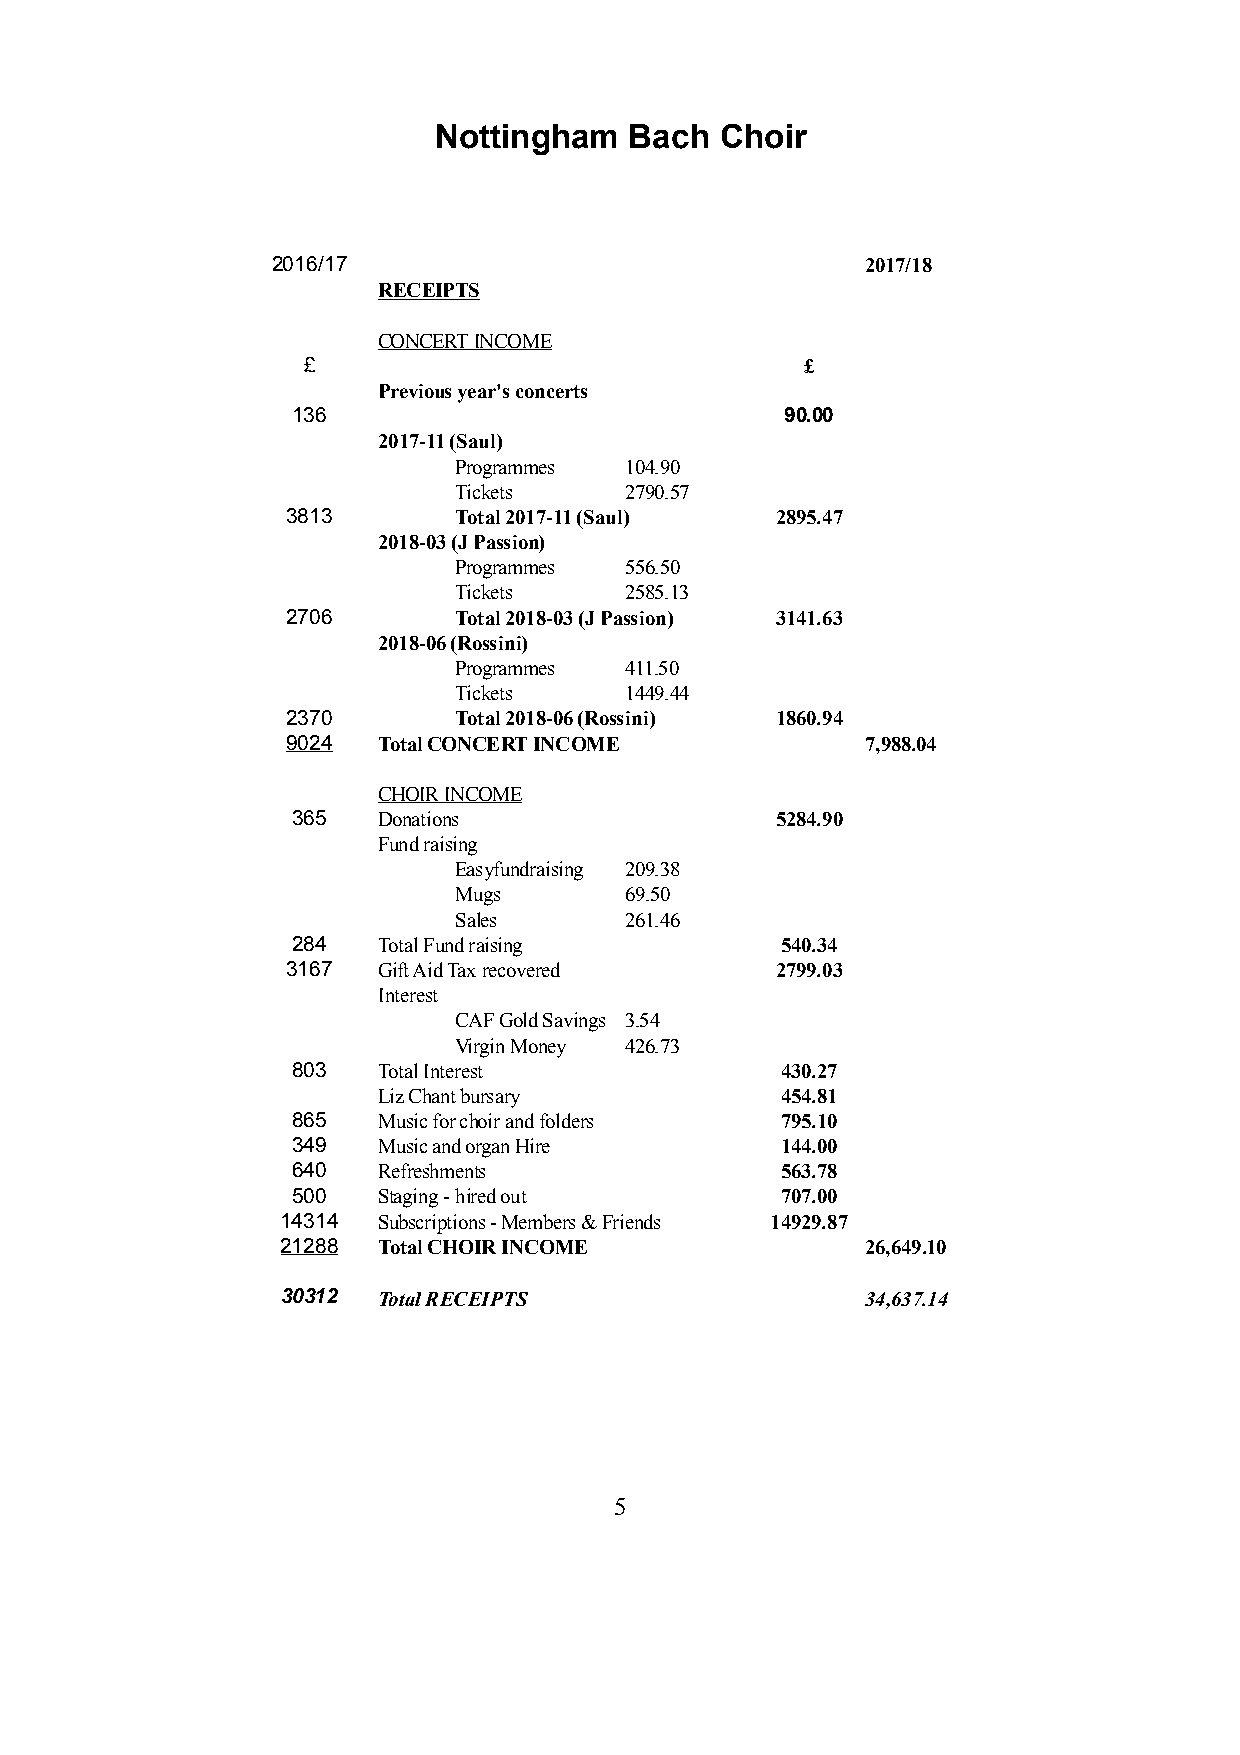
Nottingham   Bach  Choir
 2016/17                                2017/18
 RECEIPTS
 CONCERT INCOME
 £                                £
 Previous year's concerts
 136                              90.00
 2017-11 (Saul)
 Programmes 104.90
 Tickets    2790.57
 3813       Total 2017-11 (Saul) 2895.47
 2018-03 (J Passion)
 Programmes 556.50
 Tickets    2585.13
 2706       Total 2018-03 (J Passion) 3141.63
 2018-06 (Rossini)
 Programmes 411.50
 Tickets    1449.44
 2370       Total 2018-06 (Rossini) 1860.94
 9024  Total CONCERT INCOME            7,988.04
 CHOIR INCOME
 365   Donations                 5284.90
 Fund raising
 Easyfundraising 209.38
 Mugs       69.50
 Sales      261.46
 284   Total Fund raising         540.34
 3167  Gift Aid Tax recovered    2799.03
 Interest
 CAF Gold Savings 3.54
 Virgin Money 426.73
 803   Total Interest             430.27
 Liz Chant bursary          454.81
 865   Music for choir and folders 795.10
 349   Music and organ Hire       144.00
 640   Refreshments               563.78
 500   Staging - hired out        707.00
 14314 Subscriptions - Members & Friends 14929.87
 21288 Total CHOIR INCOME              26,649.10
 30312 Total RECEIPTS                  34,637.14
 5